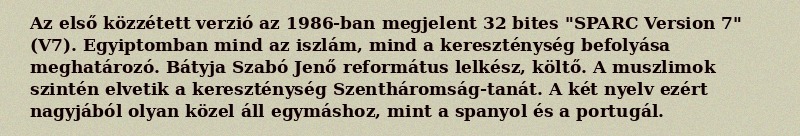
Az első közzétett verzió az 1986-ban megjelent 32 bites "SPARC Version 7" (V7). Egyiptomban mind az iszlám, mind a kereszténység befolyása meghatározó. Bátyja Szabó Jenő református lelkész, költő. A muszlimok szintén elvetik a kereszténység Szentháromság-tanát. A két nyelv ezért nagyjából olyan közel áll egymáshoz, mint a spanyol és a portugál.